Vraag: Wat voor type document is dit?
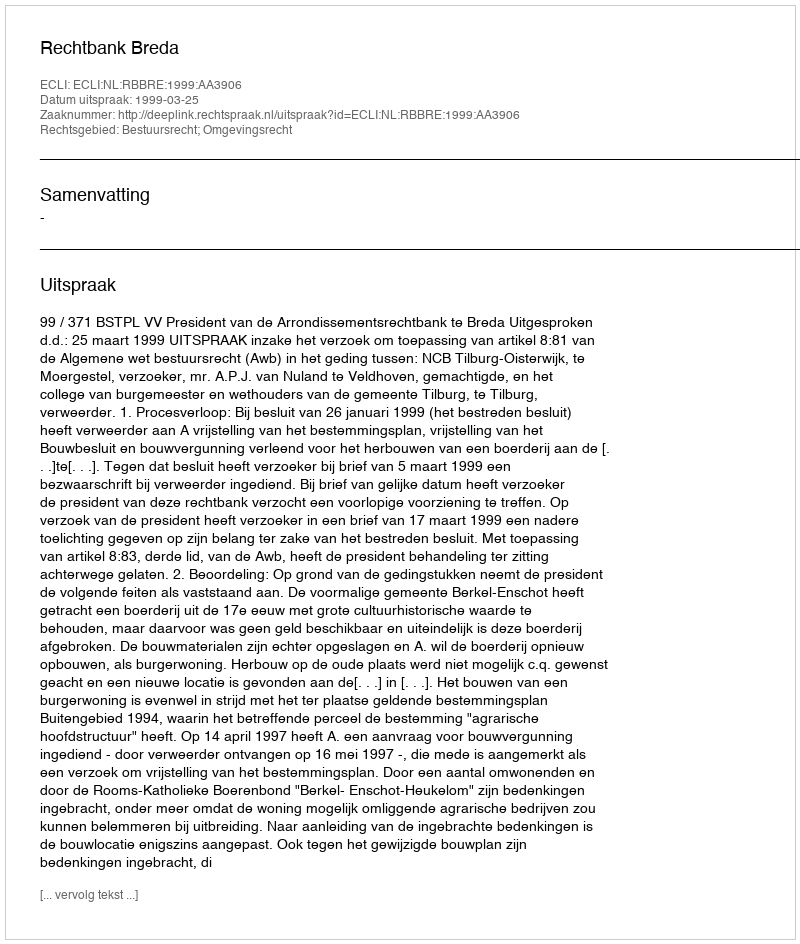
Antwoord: Uitspraak